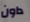
داون